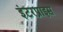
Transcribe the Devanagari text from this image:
इंटरप्राइस़